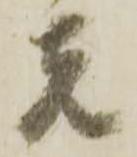
者